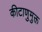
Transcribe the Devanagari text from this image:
कीटाणुमुक्त